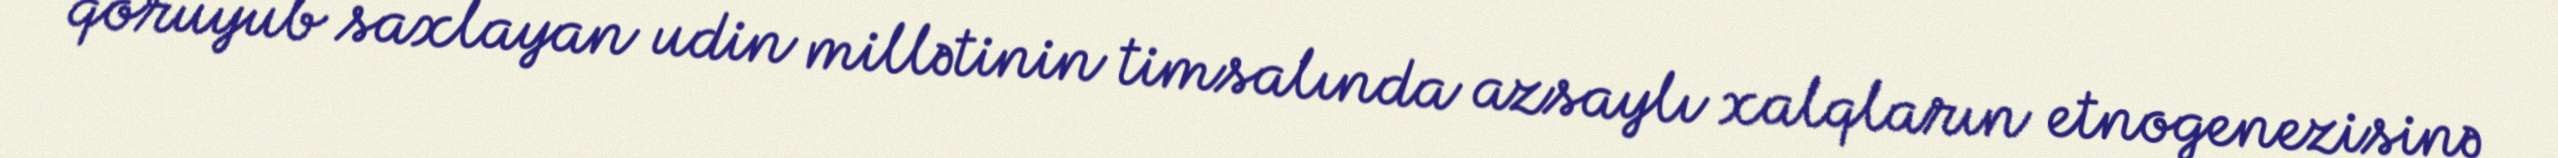
qoruyub saxlayan udin millətinin timsalında azsaylı xalqların etnogenezisinə